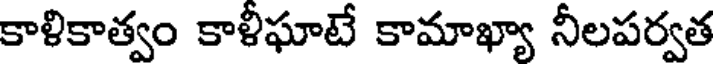
కాళికాత్వం కాళీఘాటే కామాఖ్యా నీలపర్వత